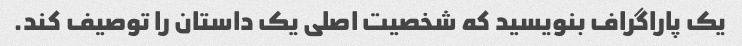
یک پاراگراف بنویسید که شخصیت اصلی یک داستان را توصیف کند.